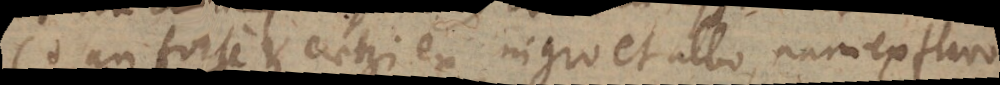
(+ an forte et caeteri ex nigro et albo, nam ex flavo